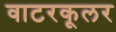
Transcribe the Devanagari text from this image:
वाटरकूलर